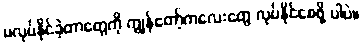
မလုပ်နိုင်ခဲ့တာတွေကို ကျွန်တော့်ကလေးတွေ လုပ်နိုင်စေဖို့ ပါပဲ။